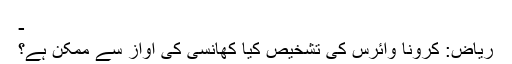
-
ریاض: کرونا وائرس کی تشخیص کیا کھانسی کی آواز سے ممکن ہے؟